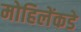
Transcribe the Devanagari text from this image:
मोहिलेंकडे